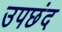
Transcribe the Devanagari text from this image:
उपछंद